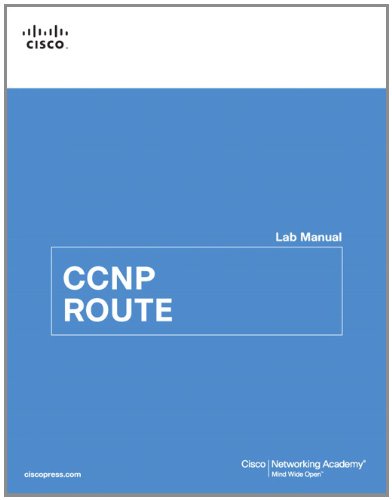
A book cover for CCNP ROUTE Lab Manual (Lab Companion); Cisco Networking Academy; Computers & Technology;